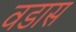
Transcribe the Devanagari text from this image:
वडास